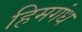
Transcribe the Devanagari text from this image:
हिमगंध